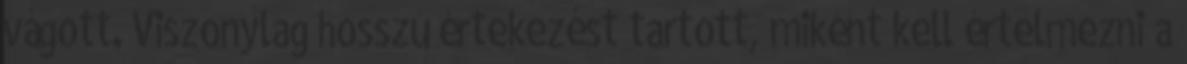
vá­gott. Viszonylag hosszú értekezést tartott, miként kell értelmezni a